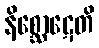
နိစ္ဆောဋေတိ